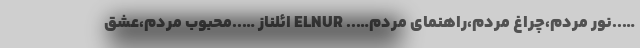
…..نور مردم،چراغ مردم،راهنمای مردم….. ELNUR ائلناز …..محبوب مردم،عشق